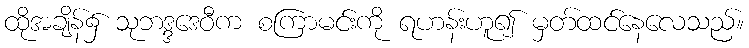
ထိုအချိန်၌ သုဘဒ္ဒဒေဝီက စကြာမင်းကို ရဟန်းဟူ၍ မှတ်ထင်နေလေသည်။